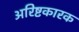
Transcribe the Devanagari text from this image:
अरिष्टकारक